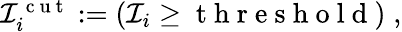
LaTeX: \begin{array}{r}{\mathcal I_{i}^{\mathrm{~c~u~t~}}:=(\mathcal I_{i}\geq\mathrm{~t~h~r~e~s~h~o~l~d~})\; ,}\end{array}